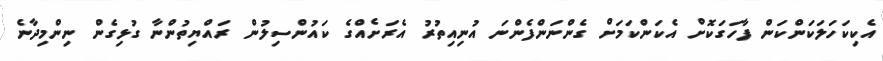
އެކިކަހަލަކަންކަން ފާހަގަކޮށް އެކަންކަމަށް ގެންނަންފެންނަ އުނިއިތުރު އެރަށެއްގެ ކައުންސިލުން ރައްޔިތުންނާ ގުޅިގެން ނިންމިދާނެ